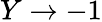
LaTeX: Y\to-1